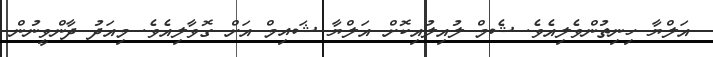
އަލްޔާ ހިނިތުންވެލިއެވެ. ޝެމް ލުއިލުއިކޮށް އަލްޔާ ޝައިމް އަށް ގޮވާލިއެވެ. މިއަދު ދާންވީނުން